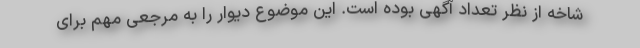
شاخه از نظر تعداد آگهی بوده است. این موضوع دیوار را به مرجعی مهم برای